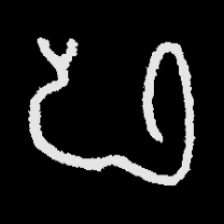
Pyu character \u2014 Myanmar letter: ဖ (romanized: pha)